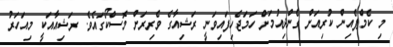
މި ކެމްޕެއިން ކުރިއަށް ގެންދިއުމަށް ހަމަޖެހިފައިވަނީ ރަޝިއާގެ ވެރިރަށް މޮސްކޯގައެވެ. ރަޝިއާއަކީ މިއަހަރު